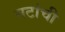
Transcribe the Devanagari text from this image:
नटांची